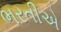
ભરતીએ